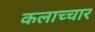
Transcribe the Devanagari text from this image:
कलाच्चार